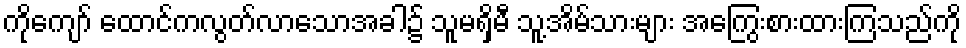
ကိုကျော် ထောင်ကလွတ်လာသောအခါ၌ သူမရှိမီ သူ့အိမ်သားများ အကြွေးစားထားကြသည်ကို